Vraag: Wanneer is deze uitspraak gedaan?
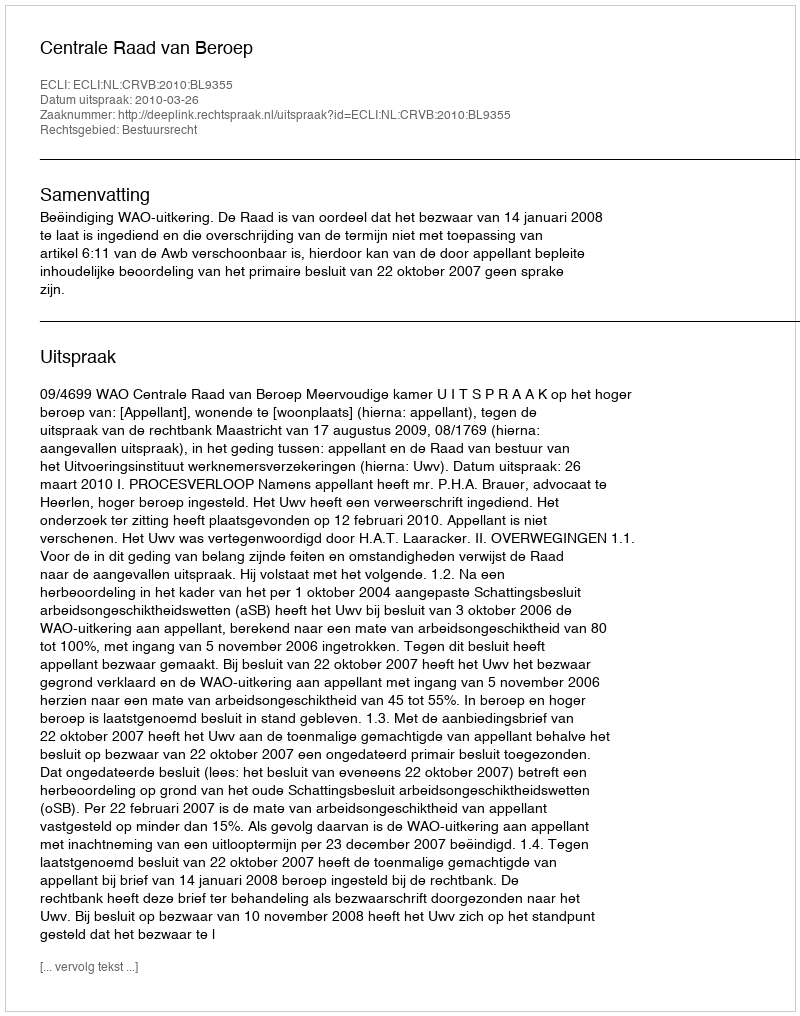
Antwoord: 2010-03-26